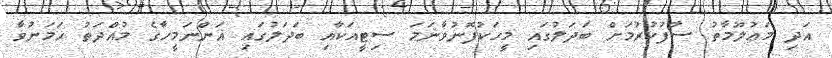
އަދި މަޢުލޫމާތު ސާފުކުރުމަށް ބަދަލުގައި މީހަކުފޮނުވާނަމަ ސިޓީއަކާއި ބަދަލުގައި އަންނަމީހާގެ މުއްދަތު ހަމަނުވާ